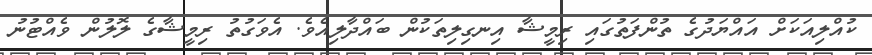
ކުއްލިއަކަށް އައްޔަދުގެ ތުންފަތުގައި ރިމީޝާ އިނގިލިތަކުން ބައްދާލިއެވެ. އެވަގުތު ރިމީޝާގެ ލޮލުން ވެއްޓުނު